King Institute of Preventive Medicine Bacteriolog. Section reports 1907-08
Year: 1907
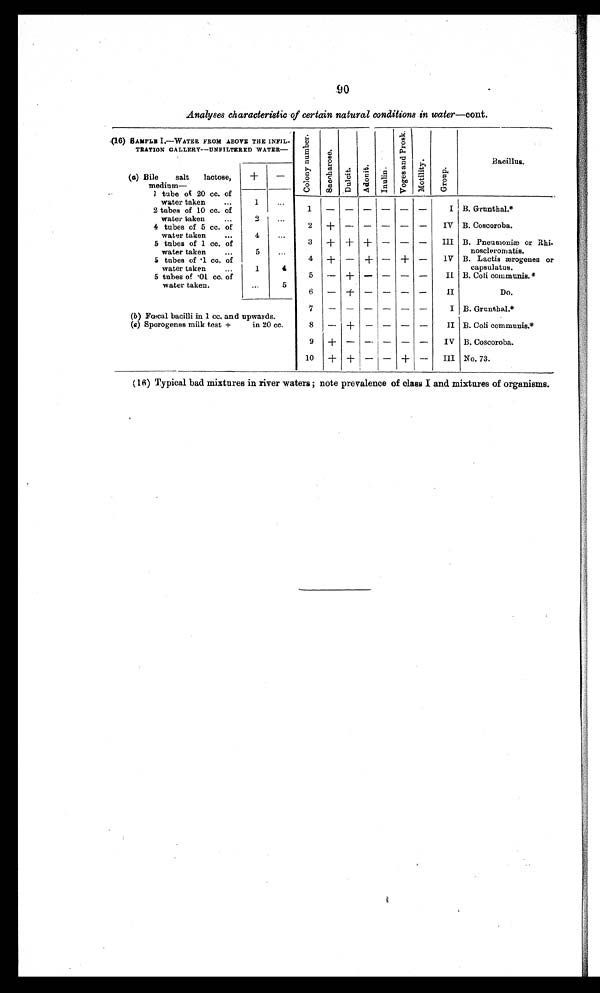
90
Analyses characteristic of certain natural conditions in water—cont.
(16) SAMPLE I.—WATER FROM ABOVE THE INFIL-
TRATION GALLERY--UNFILTERED WATER—
(a) Bile salt
lactose,
+
—
C o l o n y
N u m b e r .
S a c c h a r o s e .
D u l c i t .
A d o n i t .
Inulin.
V o g e s
a n d
p r o s k .
M o t i l i t y .
G r o u p .
Bacillus.
1 — — — — — — I
2+— — — — — — IV
3+ +
+ — — —
III
4+— + — + —
IV
5— + — — — —
II
6— + —
— — —
II
7— — — —
— — I
8— + — — — —
II
9+ — —
— — — IV
10+
+— — +—
III
B. Grunthal.*
B. Coscoroba.
B. Pneumoniæ or Rhi-
noscleromatis.
B. Lactis ærogenes or
capsulatus.
B. Coli communis.*
Do.
B. Grunthal.*
B. Coli communis.*
B. Coscoroba.
No. 73.
(16) Typical bad mixtures in river waters ; note prevalence of class I and mixtures of organisms.